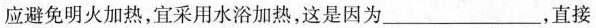
应避免明火加热，宜采用水浴加热，这是因为___，直接